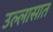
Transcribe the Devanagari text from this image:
उल्लासात